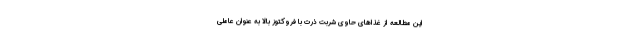
این مطالعه از غذاهای حاوی شربت ذرت با فروکتوز بالا به عنوان عاملی